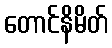
တောင်နိမိတ်